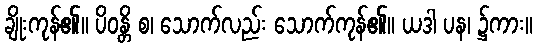
ချိုးကုန်၏။ ပိဝန္တိ စ၊ သောက်လည်း သောက်ကုန်၏။ ယဒါ ပန၊ ၌ကား။